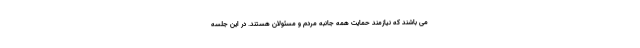
می باشند که نیازمند حمایت همه جانبه مردم و مسئولان هستند. در این جلسه